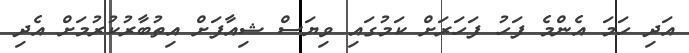
އަދި ހަމަ އެންމެ ފަހު ފަހަރަށް ކަމުގައި ވިޔަސް ޝިއާފަށް އިތުބާރުކުރުމަށް އެދި